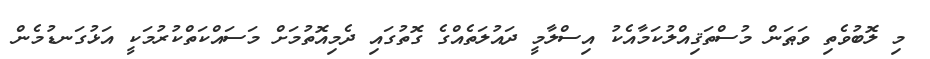
މި ލޮބުވެތި ވަޠަން މުސްތަޤިއްލުކަމާއެކު އިސްލާމީ ދައުލަތެއްގެ ގޮތުގައި ދެމިއޮތުމަށް މަސައްކަތްކުރުމަކީ އަޅުގަނޑުމެން